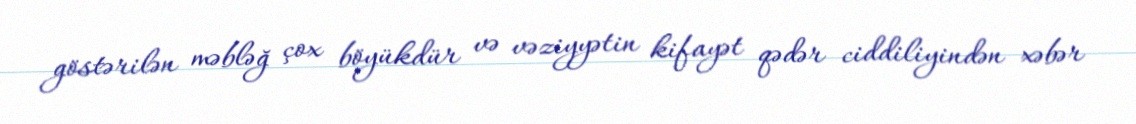
göstərilən məbləğ çox böyükdür və vəziyyətin kifayət qədər ciddiliyindən xəbər